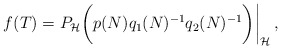
\begin{align*}f(T)=P_\mathcal H \bigg(p(N)q_1(N)^{-1}q_2(N)^{-1}\bigg) \bigg|_\mathcal H \,,\end{align*}